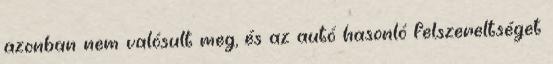
azonban nem valósult meg, és az autó hasonló felszereltséget